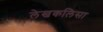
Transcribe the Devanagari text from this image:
लेखकलिसा